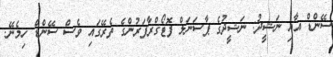
ސޭންޑް އާއި ނަޝީދު: ނަޝީދުގެ ޕާސަނަލް ފޮޓޯގްރާފަރުންގެ ތެރޭގައި ވެސް ސޭންޑް ހިމެނޭ.